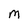
Character: M